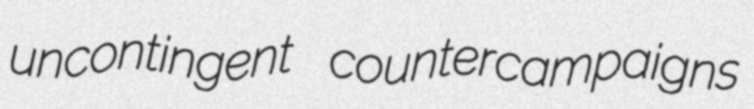
uncontingent countercampaigns